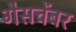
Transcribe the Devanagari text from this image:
गैसचेंबर